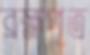
ব্রহ্মপূত্র